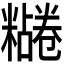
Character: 𫃔